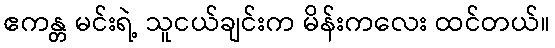
ဧကန္တ မင်းရဲ့ သူငယ်ချင်းက မိန်းကလေး ထင်တယ်။